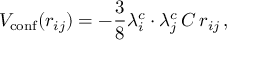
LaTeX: V _ { \mathrm { c o n f } } ( r _ { i j } ) = - \frac { 3 } { 8 } \lambda _ { i } ^ { c } \cdot \lambda _ { j } ^ { c } \, C \, r _ { i j } \, ,